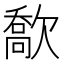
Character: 𣤙